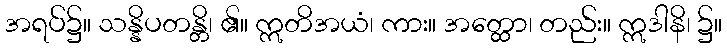
အရပ်၌။ သန္နိပတန္တိ၊ ၏။ ဣတိအယံ၊ ကား။ အတ္ထော၊ တည်း။ ဣဒါနိ၊ ၌။